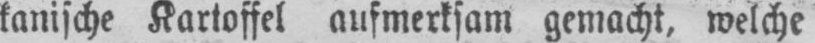
kanische Kartoffel aufmerksam gemacht, welche